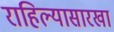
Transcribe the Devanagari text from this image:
राहिल्यासारखा